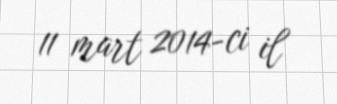
11 mart 2014-ci il